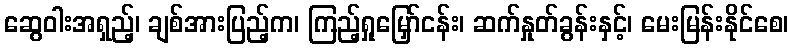
ဆွေဝါးအရှည့်၊ ချစ်အားပြည့်က၊ ကြည့်ရှုမြှော်ငန်း၊ ဆက်နှုတ်ခွန်းနှင့်၊ မေးမြန်းနိုင်စေ၊